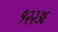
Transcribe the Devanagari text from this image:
१२२३६